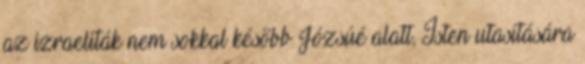
az izraeliták nem sokkal később Józsúé alatt, Isten utasítására